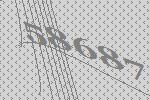
58687